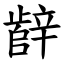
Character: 辪